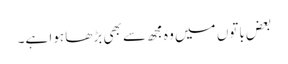
بعض باتوں میں وہ مجھ سے بھی بڑھا ہوا ہے۔